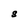
Character: S